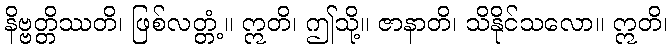
နိဗ္ဗတ္တိဿတိ၊ ဖြစ်လတ္တံ့။ ဣတိ၊ ဤသို့။ ဇာနာတိ၊ သိနိုင်သလော။ ဣတိ၊